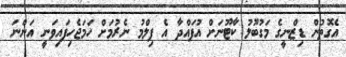
އެގޮތުން ޑިޒްނީގެ މަގުބޫލު ކާޓޫނަށް އުފައްދާ އެ ފިލްމު ނެރުމަށް ހަމަޖެހިފައިވަނީ އަންނަ